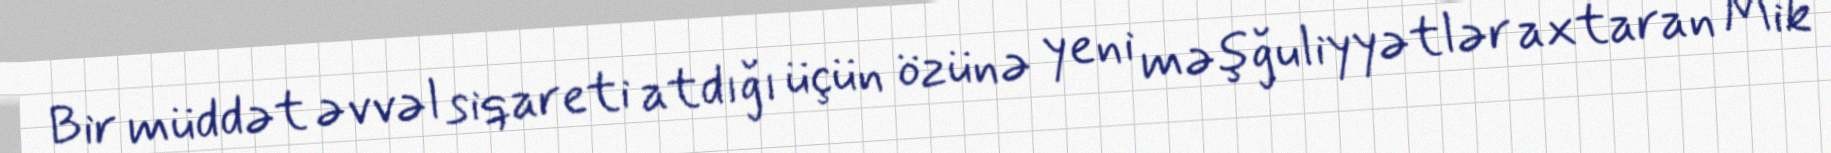
Bir müddət əvvəl siqareti atdığı üçün özünə yeni məşğuliyyətlər axtaran Mik